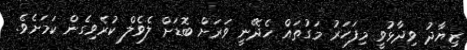
ޒިޔާދު ވިދާޅުވީ މިފަހަރު މަގުތައް ހެދޭނީ ވަރަށް ބޮޑަށް ލެވެލް ކުރެވިގެން ކަމަށެވެ.